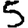
Digit: 5